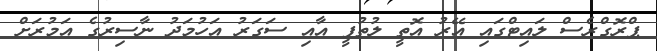
ޕްރޮގްރެސް ލައިޓްގައި އޭރު އޮތީ ލުތުފީ އާއި ސަގަރު އަހުމަދު ނާސިރުގެ އަމުރަށް